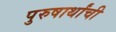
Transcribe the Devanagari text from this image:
पुरुषार्थांची